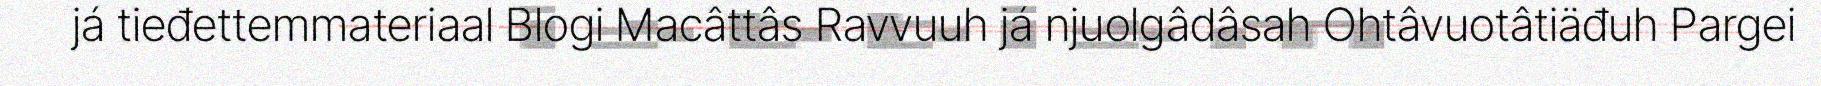
já tieđettemmateriaal Blogi Macâttâs Ravvuuh já njuolgâdâsah Ohtâvuotâtiäđuh Pargei